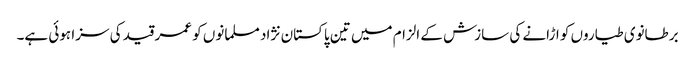
برطانوی طیاروں کو اڑانے کی سازش کے الزام میں تین پاکستان نژاد مسلمانوں کو عمر قید کی سزا ہوئی ہے۔